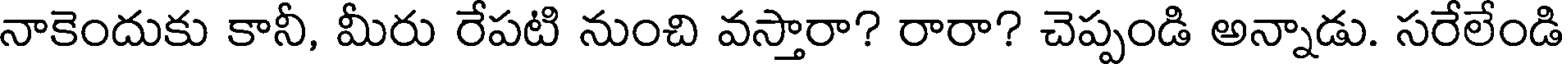
నాకెందుకు కానీ, మీరు రేపటి నుంచి వస్తారా? రారా? చెప్పండి అన్నాడు. సరేలేండి